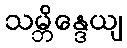
သမ္ဘိန္ဒေယျ